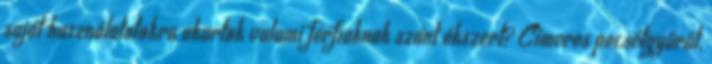
saját használatotokra akartok valami férfiaknak szánt ékszert? Címeres pecsétgyűrűt,